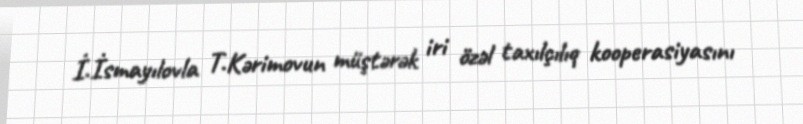
İ.İsmayılovla T.Kərimovun müştərək iri özəl taxılçılıq kooperasiyasını